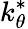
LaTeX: k_{\theta}^{*}